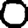
Digit: 0